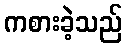
ကစားခဲ့သည်